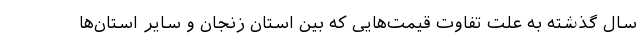
سال گذشته به علت تفاوت قیمت‌هایی که بین استان زنجان و سایر استان‌ها